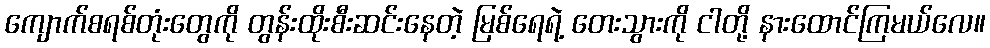
ကျောက်စရစ်တုံးတွေကို တွန်းထိုးစီးဆင်းနေတဲ့ မြစ်ရေရဲ့ တေးသွားကို ငါတို့ နားထောင်ကြမယ်လေ။